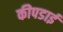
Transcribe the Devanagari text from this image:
कीपडाई